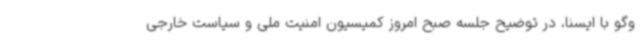
وگو با ایسنا، در توضیح جلسه صبح امروز کمیسیون امنیت ملی و سیاست خارجی